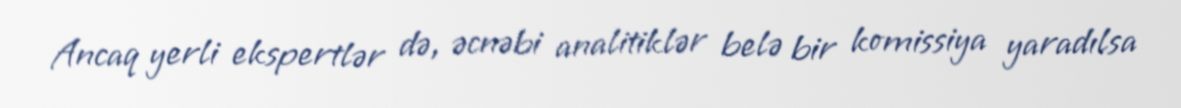
Ancaq yerli ekspertlər də, əcnəbi analitiklər belə bir komissiya yaradılsa